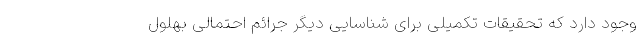
وجود دارد که تحقیقات تکمیلی برای شناسایی دیگر جرائم احتمالی بهلول